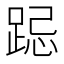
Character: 跽